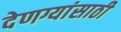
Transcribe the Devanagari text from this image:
देणग्यांसाठी